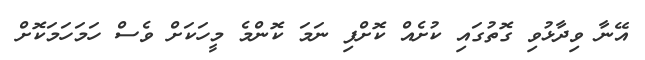
އޭނާ ވިދާޅުވި ގޮތުގައި ކުށެއް ކޮށްފި ނަމަ ކޮންމެ މީހަކަށް ވެސް ހަމަހަމަކޮށް